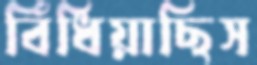
বিঁধিয়াছিস